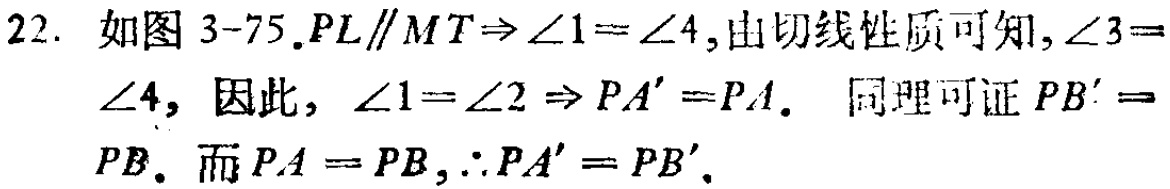
22. 如图 3-75.$PL\parallel MT\Rightarrow \angle1 = \angle4$,由切线性质可知,$\angle3 = \angle4$, 因此, $\angle1=\angle2\Rightarrow PA' = PA$. 同理可证$PB' = PB$. 而$PA = PB$,$\therefore PA' = PB'$.